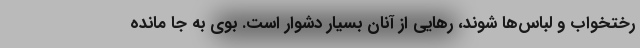
رختخواب و لباس‌ها شوند، رهایی از آنان بسیار دشوار است. بوی به جا مانده